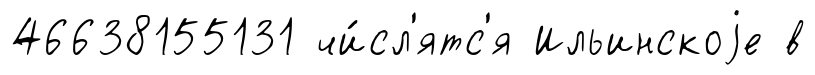
46638155131 чи́сл'ятс'я Ильинскоjе в